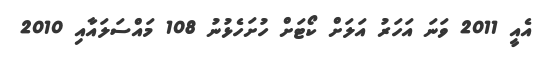
އެއީ 2011 ވަނަ އަހަރު އަލަށް ކޯޓަށް ހުށަހެޅުނު 108 މައްސަލައާއި 2010